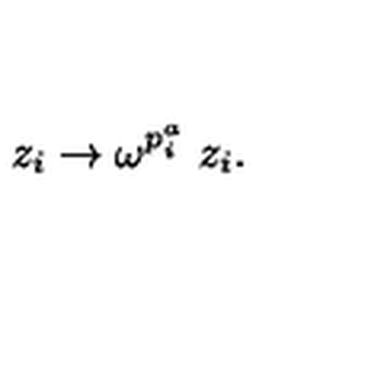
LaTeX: z _ { i } \to \omega ^ { p _ { i } ^ { a } } \ z _ { i } .